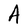
Character: A